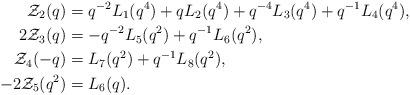
LaTeX: \begin{align*}\mathcal{Z}_2(q) &= q^{-2}L_1(q^4) + qL_2(q^4) + q^{-4}L_3(q^4) + q^{-1}L_4(q^4), \\2\mathcal{Z}_3(q) &= -q^{-2}L_5(q^2) + q^{-1}L_6(q^2), \\\mathcal{Z}_4(-q)&= L_7(q^2) + q^{-1}L_8(q^2), \\-2\mathcal{Z}_5(q^2) &= L_6(q). \end{align*}